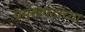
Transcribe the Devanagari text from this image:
प्रमुखपदाच्या